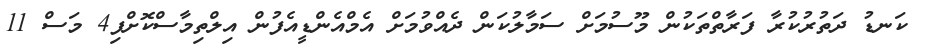
ކަނޑު ދަތުރުކުރާ ފަރާތްތަކުން މޫސުމަށް ސަމާލުކަން ދެއްވުމަށް އެމްއެންޑީއެފުން އިލްތިމާސްކޮށްފި4 މަސް 11